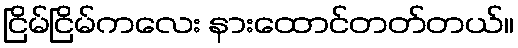
ငြိမ်ငြိမ်ကလေး နားထောင်တတ်တယ်။